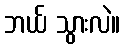
ဘယ် သွားလဲ။